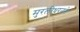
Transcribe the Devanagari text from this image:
मुरलीधरनने